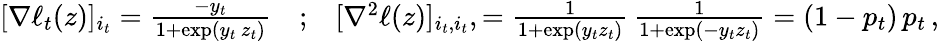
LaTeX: \begin{array}{r}{[\nabla\ell_{t}(z)]_{i_{t}}=\frac{-y_{t}}{1+\exp(y_{t}\, z_{t})}\quad\mathrm{;}\quad[\nabla^{2}\ell(z)]_{i_{t},i_{t}},=\frac{1}{1+\exp(y_{t}z_{t})}\, \frac{1}{1+\exp(-y_{t}z_{t})}=(1-p_{t})\, p_{t}\, ,}\end{array}